Scottish assistants in French and German schools and colleges, 1937
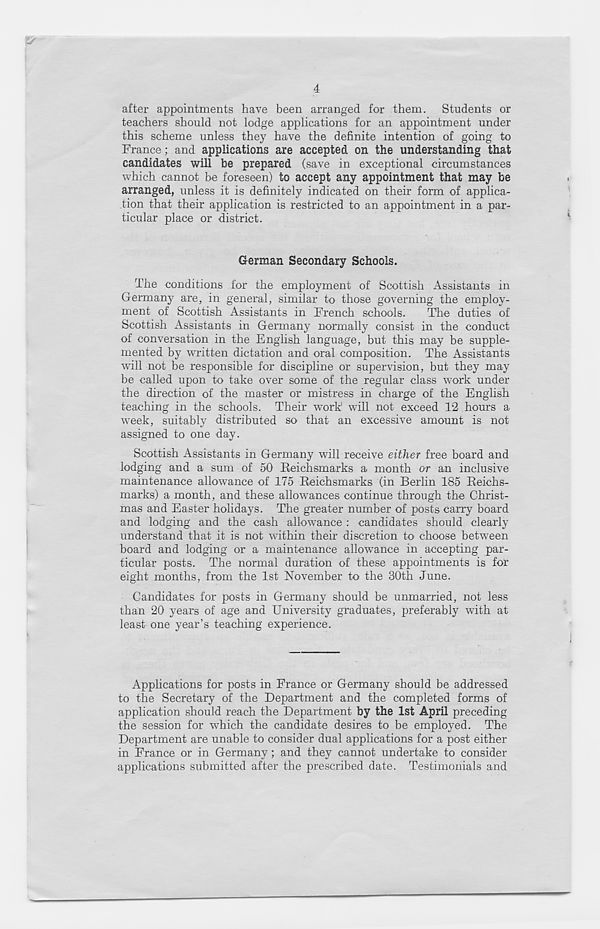
4
after appointments have been arranged for them. Students or
teachers should not lodge applications for an appointment under
this scheme unless they have the definite intention of going to
France; and applications are accepted on the understanding that
candidates will be prepared (save in exceptional circumstances
which cannot be foreseen) to accept any appointment that may be
arranged, unless it is definitely indicated on their form of applica-
tion that their application is restricted to an appointment in a par-
ticular place or district.
German Secondary Schools.
The conditions for the employment of Scottish Assistants in
Germany are, in general, similar to those governing the employ-
ment of Scottish Assistants in French schools.
The duties of
Scottish Assistants in Germany normally consist in the conduct
of conversation in the English language, but this may be supple-
mented by written dictation and oral composition. The Assistants
will not be responsible for discipline or supervision, but they may
be called upon to take over some of the regular class work under
the direction of the master or mistress in charge of the English
teaching in the schools. Their work will not exceed 12 hours a
week, suitably distributed so that an excessive amount is not
assigned to one day.
Scottish Assistants in Germany will receive either free board and
lodging and a sum of 50 Reichsmarks a month or an inclusive
maintenance allowance of 175 Reichsmarks (in Berlin 185 Reichs-
mai'ks) a month, and these allowances continue through the Christ-
mas and Easter holidays. The greater number of posts carry board
and lodging and the cash allowance : candidates should clearly
understand that it is not within their discretion to choose between
board and lodging or a maintenance allowance in accepting par-
ticular posts. The normal duration of these appointments is for
eight months, from the 1st November to the 30th June.
Candidates for posts in Germany should be unmarried, not less
than 20 years of age and University graduates, preferably with at
least one year’s teaching experience.
Applications for posts in France or Germany should be addressed
to the Secretary of the Department and the completed forms of
application should reach the Department by the 1st April preceding
the session for which the candidate desires to be employed. The
Department are unable to consider dual applications for a post either
in France or in Germany; and they cannot undertake to consider
applications submitted after the prescribed date. Testimonials and